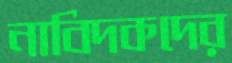
নাবিদকদের